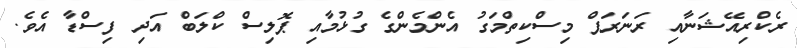
ރެކްރިއޭޝަނާއި ރަނަރަޕް މިސްކިތްމަގު އެންމެންގެ ގުޅުމާއި ޕޮލިސް ކްލަބް އަދި ފިސްޑާ އެވެ.